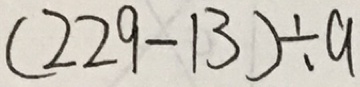
( 2 2 9 - 1 3 ) \div a